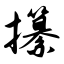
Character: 攥